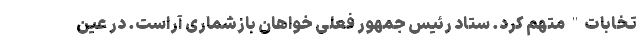
تخابات" متهم کرد. ستاد رئیس جمهور فعلی خواهان بازشماری آراست. در عین